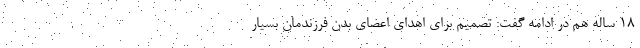
۱۸ ساله هم در ادامه گفت: تصمیم برای اهدای اعضای بدن فرزندمان بسیار